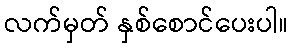
လက်မှတ် နှစ်စောင်ပေးပါ။